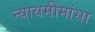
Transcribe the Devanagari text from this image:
न्यायमीमांसा